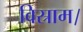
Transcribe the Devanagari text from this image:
विस्राम।